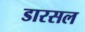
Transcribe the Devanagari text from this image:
डारसल